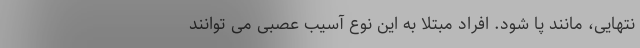
نتهایی، مانند پا شود. افراد مبتلا به این نوع آسیب عصبی می توانند